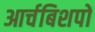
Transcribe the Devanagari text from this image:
आर्चबिशपों